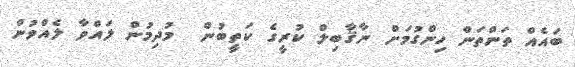
ބައެއް ތަންތަން ހިންގުމަށް ނާޤާބިލް ކުރީގެ ކަތީބުން  މުދިމުން ލައްވާ ލެއްވުން